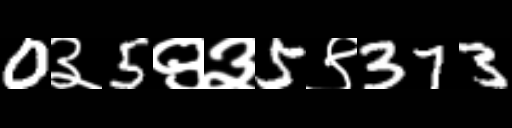
Text: 0३5९३5९373